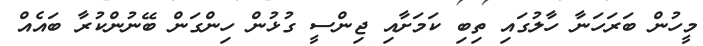
މީހުން ބަރަހަނާ ހާލުގައި ތިބި ކަމަށާއި ޖިންސީ ގުޅުން ހިންގަން ބޭނުންކުރާ ބައެއް